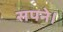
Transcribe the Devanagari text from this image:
सपने।